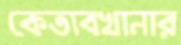
কেতাবখানার